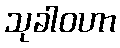
သုခါဝဟာ